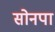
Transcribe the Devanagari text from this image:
सोनपा